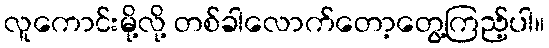
လူကောင်းမို့လို့ တစ်ခါလောက်တော့တွေ့ကြည့်ပါ။